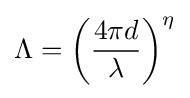
\Lambda =\left({\frac {4\pi d}{\lambda }}\right)^{\eta }